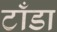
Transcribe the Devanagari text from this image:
टाँडा